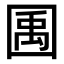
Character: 𫭎